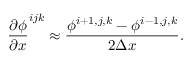
\frac { \partial \phi } { \partial x } ^ { i j k } \approx \frac { \phi ^ { i + 1 , j , k } - \phi ^ { i - 1 , j , k } } { 2 \Delta x } .